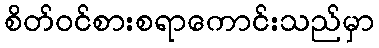
စိတ်ဝင်စားစရာကောင်းသည်မှာ